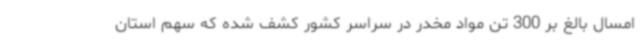
امسال بالغ بر 300 تن مواد مخدر در سراسر کشور کشف شده که سهم استان